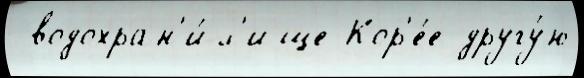
 водохран'и́л'ище Кор'е́е другу́ю